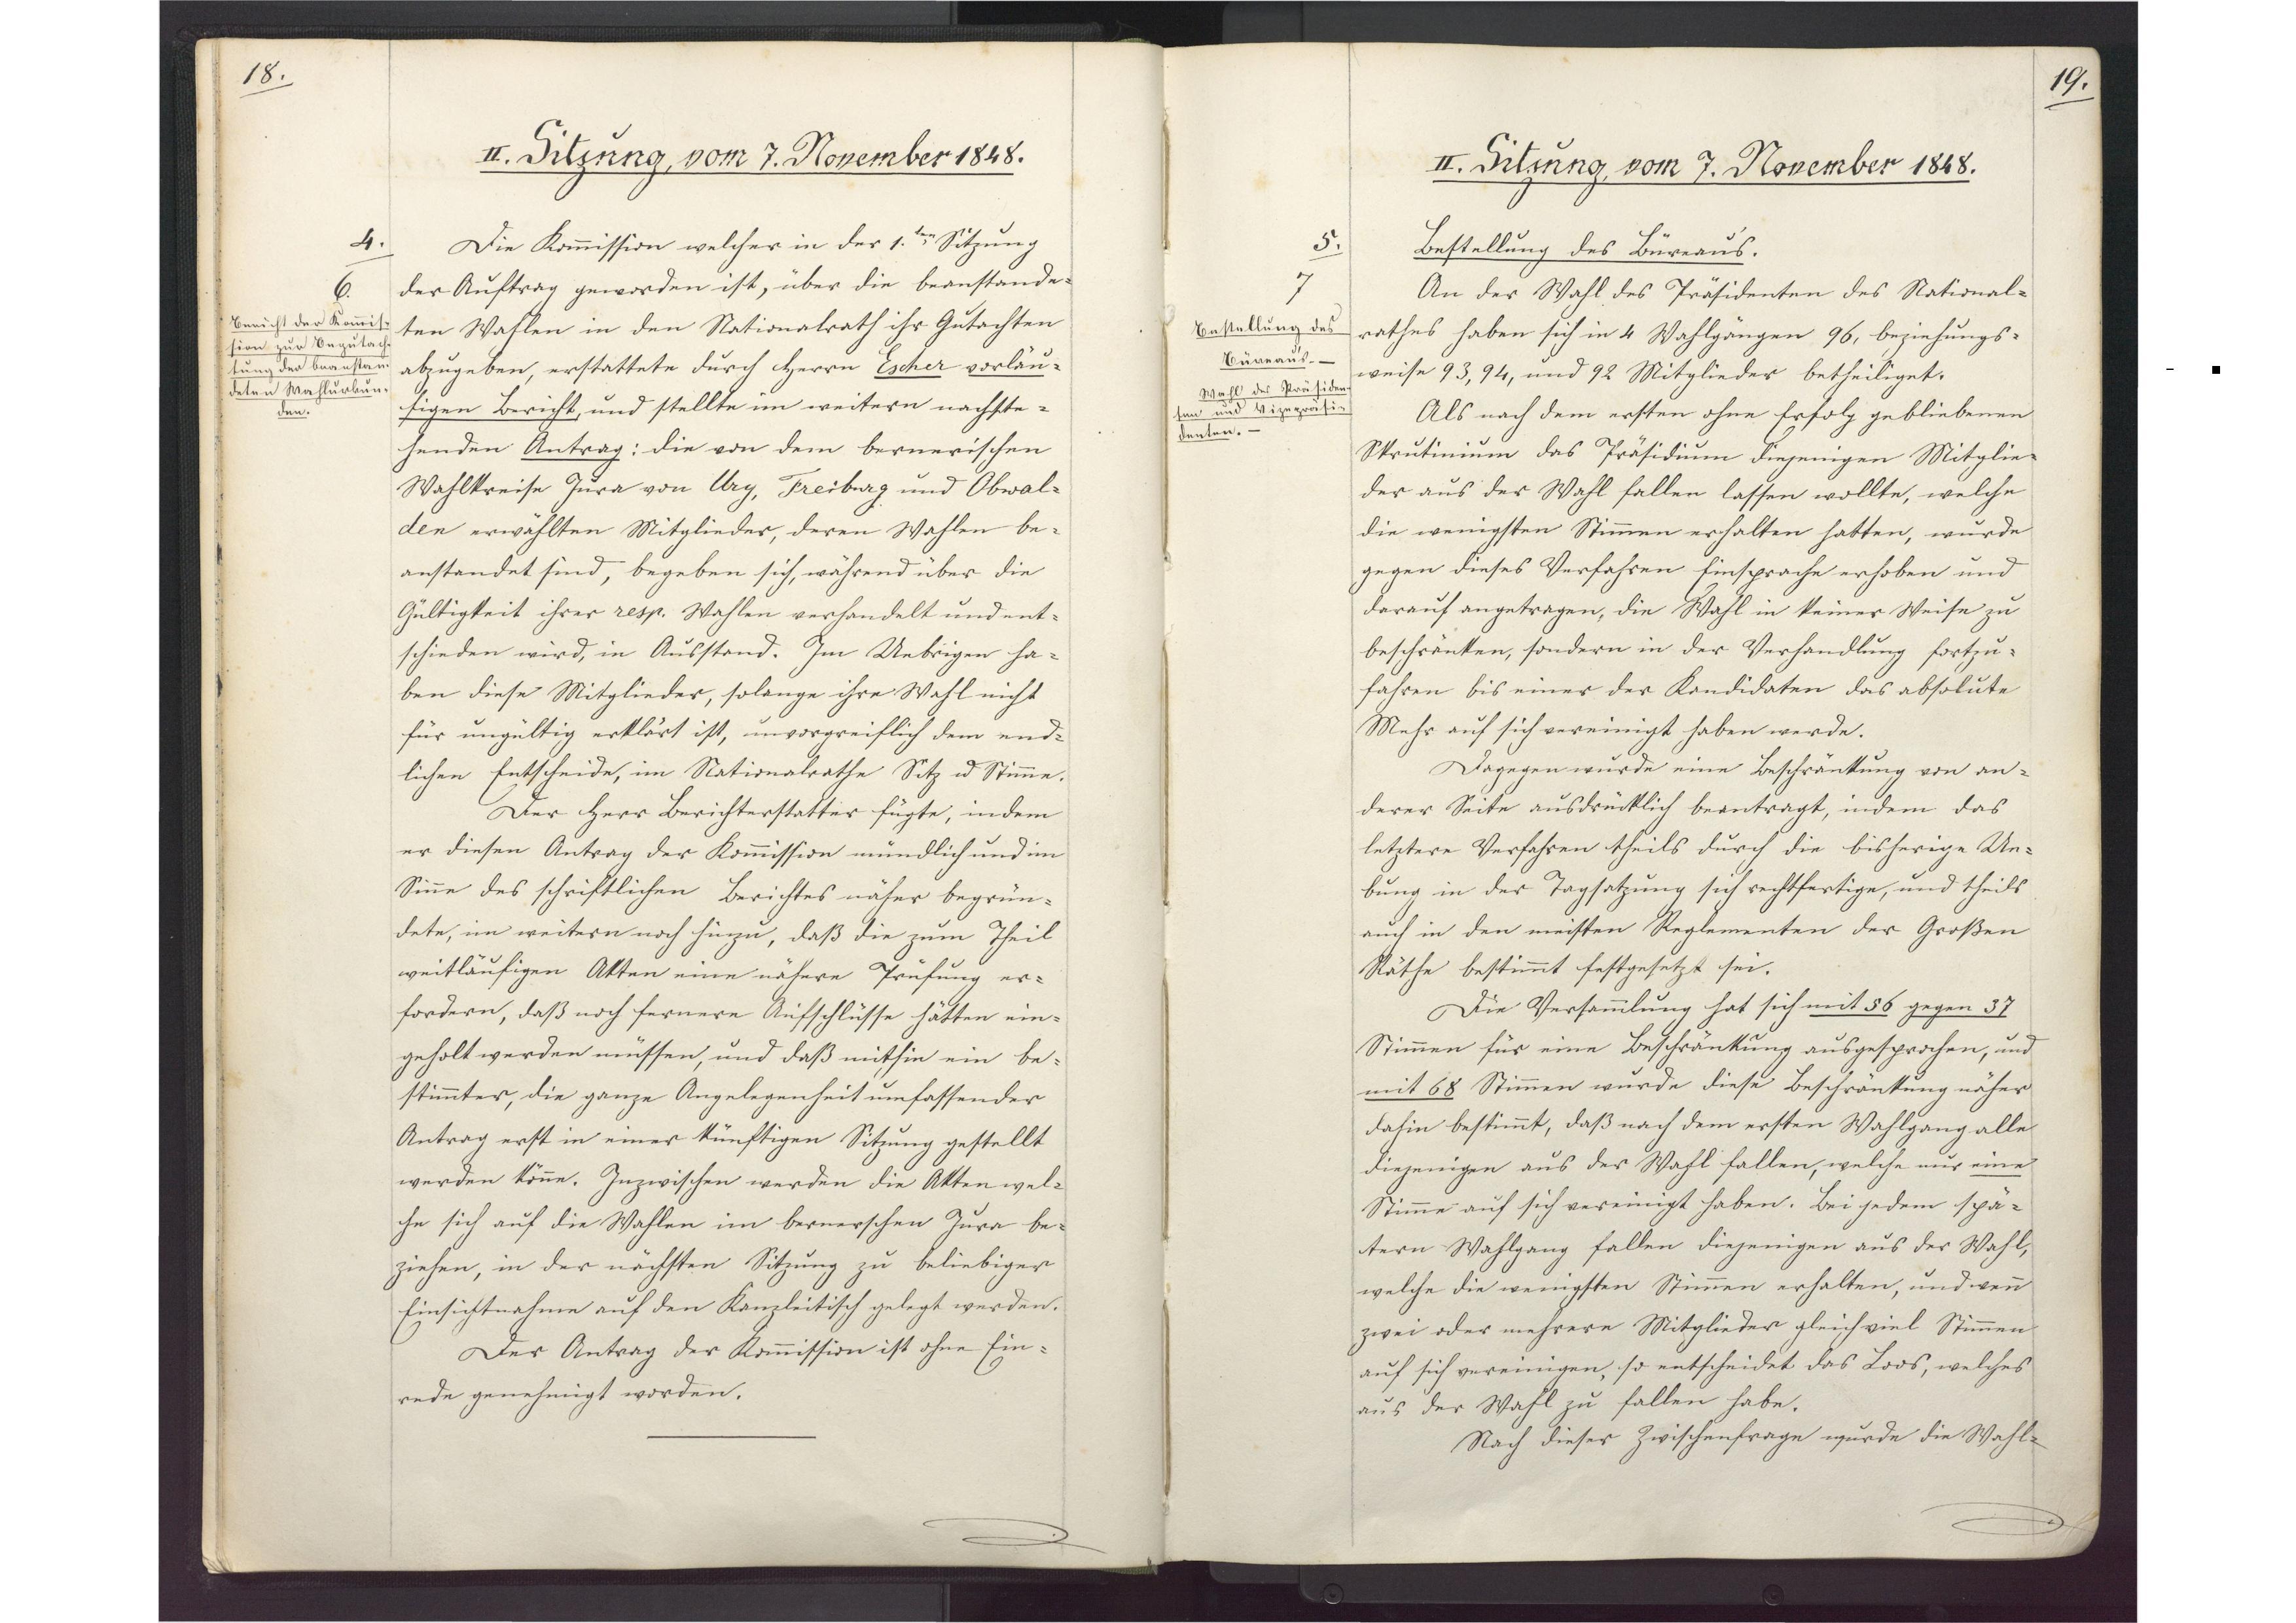
18.

II. Sitzung, vom 7. November 1848.

Die Kommission welcher in der 1. ten Sitzung
der Auftrag geworden ist, über die beanstande¬
ten Wahlen in den Nationalrath ihr Gutachten
abzugeben, erstattete durch Herrn Escher vorläu¬
figen Bericht, und stellte im weitern nachste¬
henden Antrag: die von dem bernerischen
Wahlkreise Jura von Ury, Freiburg und Obwal¬
den erwählten Mitglieder, deren Wahlen be¬
anstandet sind, begeben sich, während über die
Gültigkeit ihrer resp. Wahlen verhandelt und ent¬
schieden wird, in Ausstand. Im Uebrigen ha¬
ben diese Mitglieder, solange ihre Wahl nicht
für ungültig erklärt ist, unvorgreiflich dem end¬
lichen Entscheide, im Nationalrathe Sitz u. Stimme.
Der Herr Berichterstatter fügte, indem
er diesen Antrag der Kommission mündlich und im
Sinne des schriftlichen Berichtes näher begrün¬
dete, im weitern noch hinzu, daß die zum Theil
weitläufigen Akten eine nähere Prüfung er¬
fordern, daß noch fernere Aufschlüsse hätten ein¬
geholt werden müssen, und daß mithin ein be¬
stimmter, die ganze Angelegenheit umfassender
Antrag erst in einer künftigen Sitzung gestellt
werden könne. Inzwischen werden die Akten wel¬
che sich auf die Wahlen im bernerschen Jura be¬
ziehen, in der nächsten Sitzung zu beliebiger
Einsichtnahme auf den Kanzleitisch gelegt werden.
Der Antrag der Kommission ist ohne Ein¬
rede genehmigt worden.

4.
6.
Bericht der Kommis¬
sion zur Begutach¬
tung der beanstan¬
deten Wahlurkun¬
den.

19.

II. Sitzung, vom 7. November 1848.

Bestellung des Büreaus.
An der Wahl des Präsidenten des National¬
rathes haben sich in 4 Wahlgängen 96, beziehungs¬
weise 93, 94, und 92 Mitglieder betheiliget.
Als nach dem ersten ohne Erfolg gebliebenen
Skrutinium das Präsidium diejenigen Mitglie¬
der aus der Wahl fallen lassen wollte, welche
die wenigsten Stimmen erhalten hatten, wurde
gegen dieses Verfahren Einsprache erhoben und
darauf angetragen, die Wahl in keiner Weise zu
beschränken, sondern in der Verhandlung fortzu¬
fahren bis einer der Kandidaten das absolute
Mehr auf sich vereinigt haben werde.
Dagegen wurde eine Beschränkung von an¬
derer Seite ausdrücklich beantragt, indem das
letztere Verfahren theils durch die bisherige Ue¬
bung in der Tagsatzung sich rechtfertige, und theils
auch in den meisten Reglementen der Großen
Räthe bestimmt festgesetzt sei.
Die Versammlung hat sich mit 56 gegen 37
Stimmen für eine Beschränkung ausgesprochen, und
mit 68 Stimmen wurde diese Beschränkung näher
dahin bestimmt, daß nach dem ersten Wahlgang alle
diejenigen aus der Wahl fallen, welche nur eine
Stimme auf sich vereinigt haben. Bei jedem spä¬
tern Wahlgang fallen diejenigen aus der Wahl,
welche die wenigsten Stimmen erhalten, und wenn
zwei oder mehrere Mitglieder gleich viel Stimmen
auf sich vereinigen, so entscheidet das Loos, welches
aus der Wahl zu fallen habe.
Nach dieser Zwischenfrage wurde die Wahl¬

5.
7
Bestellung des
Büreaus.
Wahl des Präsiden¬
ten und Vizepräsi¬
denten.